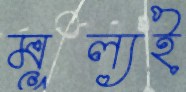
মূল্যই